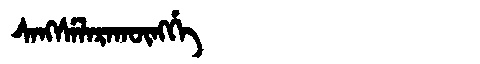
Manchu: ᠰᠠᠩᠰᡝᠯᠠᡵᠠᡴᡡᠩᡤᡝ
Romanization: SANGSELARAKŪNGGE